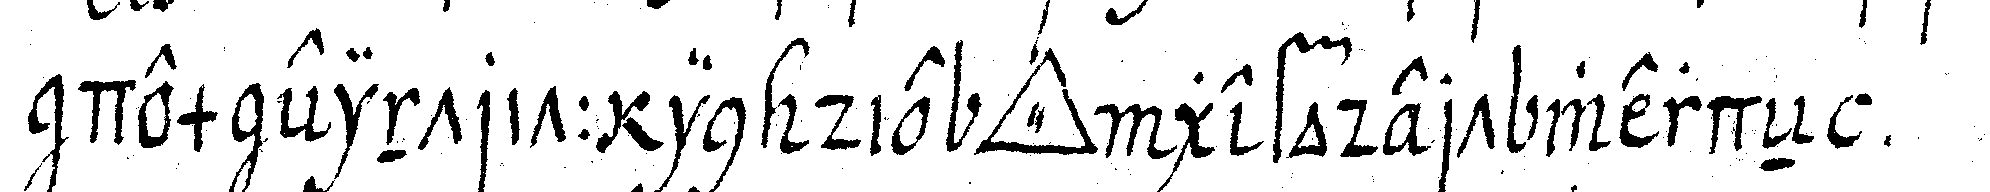
dem eintritt in die *tri..* gefodert werdeN .